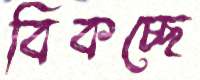
বিকচ্ছে